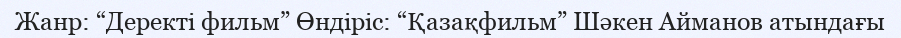
Жанр: “Деректі фильм” Өндіріс: “Қазақфильм” Шәкен Айманов атындағы